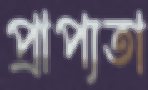
প্রাপ্যতা